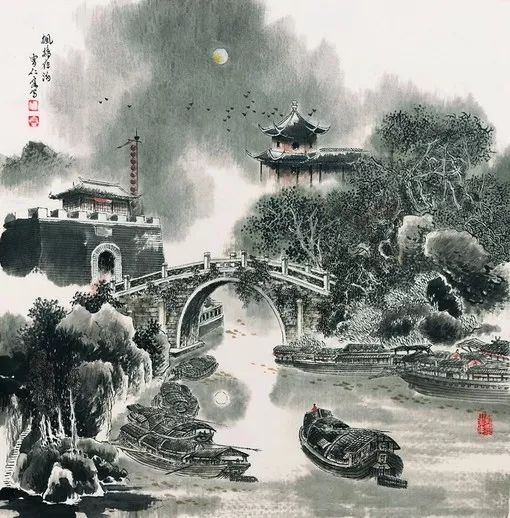
耿斜河疏星淡月，断云微度。